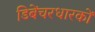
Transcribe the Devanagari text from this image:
डिबेंचरधारकों